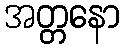
အတ္တနော